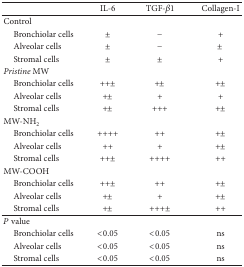
<table><thead><tr><td><b> </b></td><td><b>IL-6</b></td><td><b>TGF-<i>β</i>1</b></td><td><b>Collagen-I</b></td></tr></thead><tbody><tr><td>Control</td><td> </td><td> </td><td> </td></tr><tr><td> Bronchiolar cells</td><td>±</td><td>−</td><td>+</td></tr><tr><td> Alveolar cells</td><td>±</td><td>−</td><td>±</td></tr><tr><td> Stromal cells</td><td>±</td><td>±</td><td>+</td></tr><tr><td><i>Pristine</i> MW</td><td> </td><td> </td><td> </td></tr><tr><td> Bronchiolar cells</td><td>++±</td><td>+±</td><td>+±</td></tr><tr><td> Alveolar cells</td><td>+±</td><td>+</td><td>+</td></tr><tr><td> Stromal cells</td><td>+±</td><td>+++</td><td>+±</td></tr><tr><td>MW-NH<sub>2</sub></td><td> </td><td> </td><td> </td></tr><tr><td> Bronchiolar cells</td><td>++++</td><td>++</td><td>+±</td></tr><tr><td> Alveolar cells</td><td>++</td><td>+</td><td>+±</td></tr><tr><td> Stromal cells</td><td>++±</td><td>++++</td><td>++</td></tr><tr><td>MW-COOH</td><td> </td><td> </td><td> </td></tr><tr><td> Bronchiolar cells</td><td>++±</td><td>++</td><td>+±</td></tr><tr><td> Alveolar cells</td><td>+±</td><td>+</td><td>+±</td></tr><tr><td> Stromal cells</td><td>+±</td><td>+++±</td><td>++</td></tr><tr><td><i>P</i> value</td><td> </td><td> </td><td> </td></tr><tr><td> Bronchiolar cells</td><td>&lt;0.05</td><td>&lt;0.05</td><td>ns</td></tr><tr><td> Alveolar cells</td><td>&lt;0.05</td><td>&lt;0.05</td><td>ns</td></tr><tr><td> Stromal cells</td><td>&lt;0.05</td><td>&lt;0.05</td><td>ns</td></tr></tbody></table>